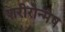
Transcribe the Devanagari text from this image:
शरीरोन्मेष